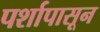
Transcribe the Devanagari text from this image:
पर्शापासून